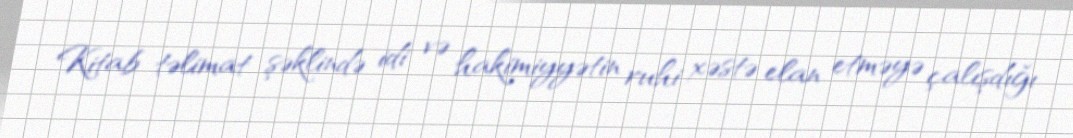
Kitab təlimat şəklində idi və hakimiyyətin ruhi xəstə elan etməyə çalışdığı